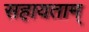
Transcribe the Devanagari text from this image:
सहायताम्